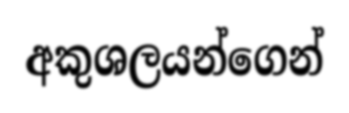
අකුශලයන්ගෙන්